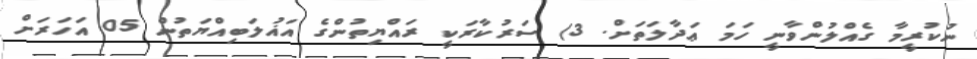
ނުކުރީމާ ގެއްލުންވާނީ ހަމަ ޢަދާލަތަށް. 3) ސަރުކާރަކީ ރައްޔިތުންގެ އަޣުލަބިއްޔަތުން 05 އަހަރަށް